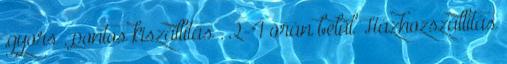
,gyors , pontos kiszállítás . 2-4 órán belül Házhozszállítás